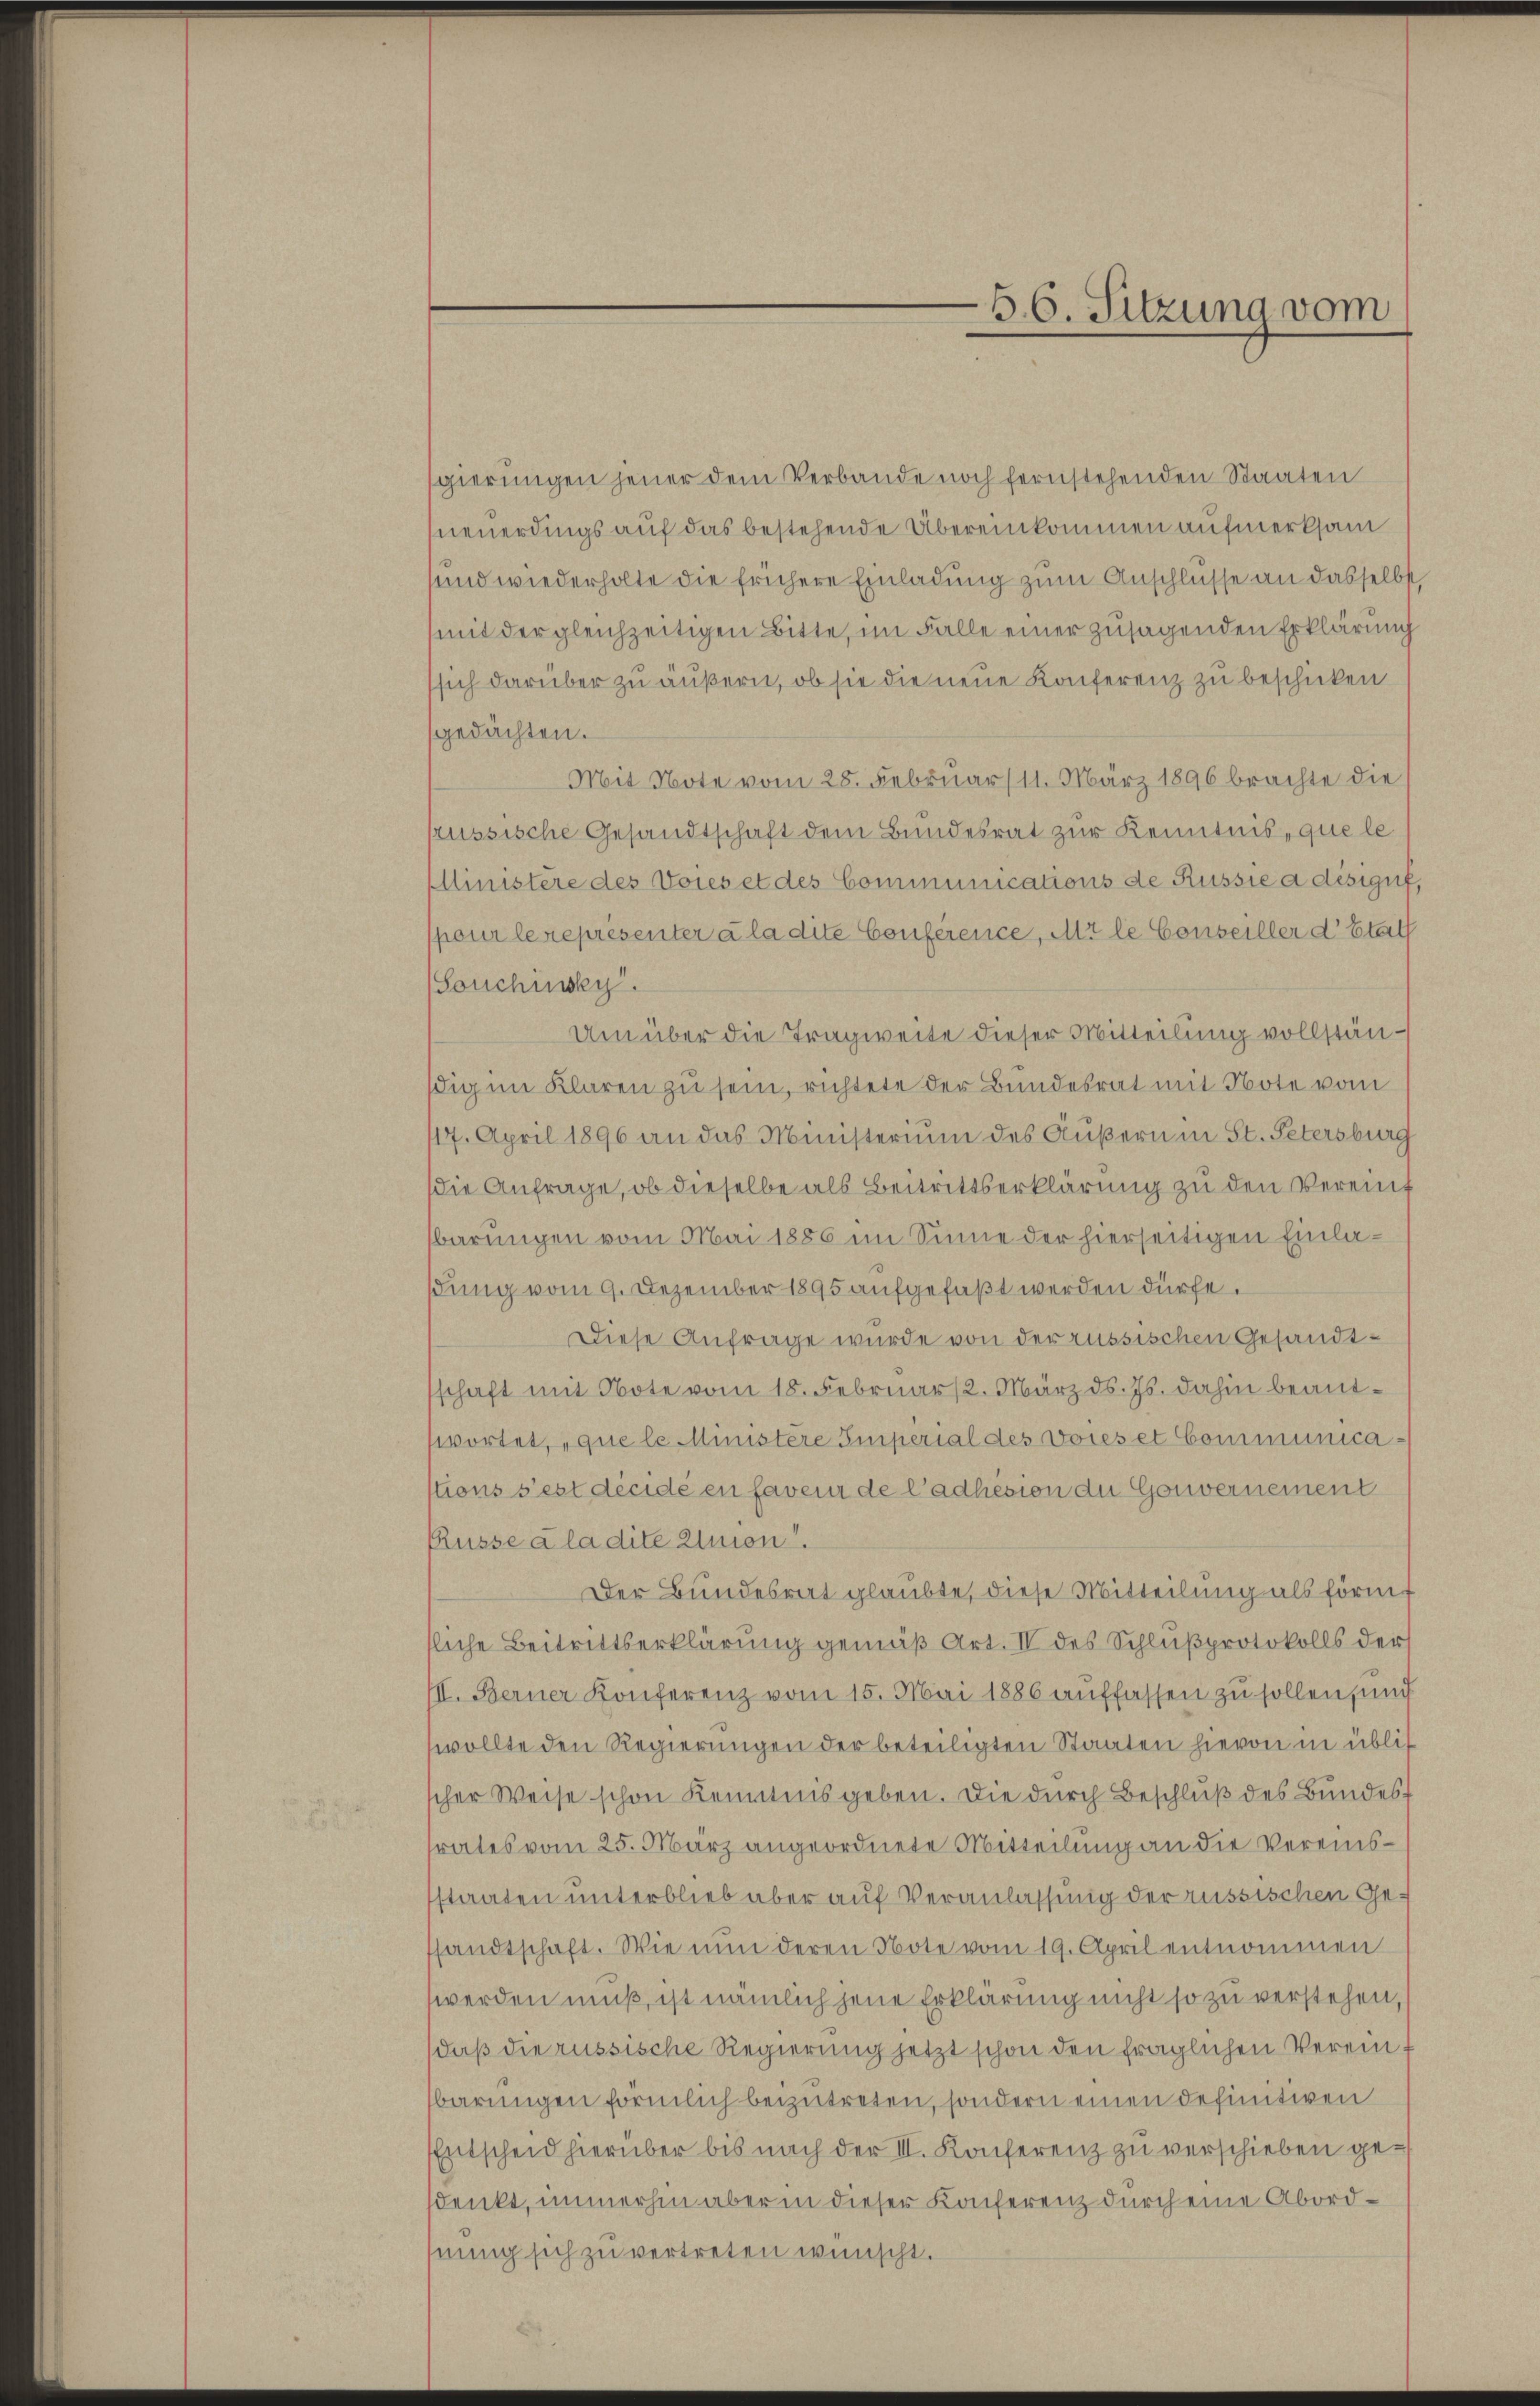
gierungen jener dem Verbande noch fernstehenden Staaten
neuerdings auf das bestehende Übereinkommen aufmerksam
sund wiederholte die frühere Einladung zum Anschlüsse an dasselbst,
mit der gleichzeitigen Bitte, im Falle einer zusagenden Erklärung
ssich darüber zu äußern, ob sie die neue Konferenz zu beschicken
gedachten.
Mit Note vom 28. Februar 11. März 1896 brachte die
russische Gesandtschaft dem Bundesrat zur Kenntnis, que le
Ministere des Voies et des Communications de Russie a désiguf
pour le représenter à la dite Conference, Mt le Conseiller d’Etat
Sonchisky.
Um über die Tragweite dieser Mitteilung vollständig im Klaren zu sein, richtete der Bundesrat mit Note vom
17. April 1896 an das Ministerium des Äußern in St. Petersburg
die Anfrage, ob dieselbe als Beitrittserklärung zu den Vereinf
barungen vom Mai 1886 im Sinne der hierseitigen Einladung vom 9. Dezember 1895 aufgefaßt werden dürfe.
Diese Anfrage wurde von der russischen Gesandtschaft mit Note vom 18. Februar 2. März d. Js. dahin beantswortet, que le Ministere Emperial des voies et Communica
stions s’est décidé en faveur de l’adhesion du Gouvernement
Rüsse a la dite Alion
Der Bundesrat glaubte, diese Mitteilung als förmt
sliche Beitrittserklärung gemäß Art. IV des Schlußprotokolls der
III. Berner Konferenz vom 15. Mai 1886 auffassen zu sollen, und
wollte den Regierungen der beteiligten Staaten hievon in üblis
scher Weise schon Kenntnis geben. Die durch Beschluß des Bundesrates vom 25. März angeordnete Mitteilung an die Vereinsstaaten unterblieb aber auf Veranlassung der russischen Gesandtschaft. Wie nun deren Note vom 19. April entnommen
werden muß, ist nämlich jene Erklärung nicht so zu verstehen,
daß die russische Regierung jetzt schon den fraglichen Vereinbarungen förmlich beizutreten, sondern einen definitiven
Entscheid hierüber bis nach der III. Konferenz zu verschieben gesdenkt, immerhin aber in dieser Konferenz durch eine Abordnung sich zu vertreten wünscht.

B. 6. Sitzung vom